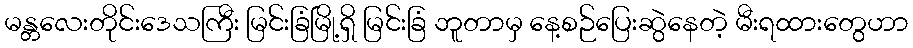
မန္တလေးတိုင်းဒေသကြီး မြင်းခြံမြို့ရှိ မြင်းခြံ ဘူတာမှ နေ့စဉ်ပြေးဆွဲနေတဲ့ မီးရထားတွေဟာ